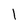
Character: l